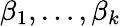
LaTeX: \beta_{1},\ldots,\beta_{k}